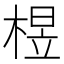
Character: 𰗽